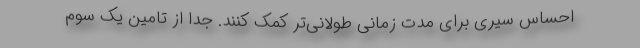
احساس سیری برای مدت زمانی طولانی‌تر کمک کنند. جدا از تامین یک سوم